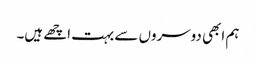
ہم ابھی دوسروں سے بہت اچھے ہیں۔